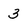
Character: 3